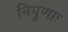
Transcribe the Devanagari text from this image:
निपुणाः